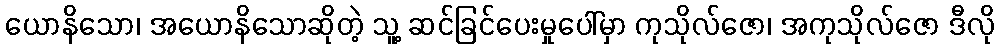
ယောနိသော၊ အယောနိသောဆိုတဲ့ သူ့ ဆင်ခြင်ပေးမှုပေါ်မှာ ကုသိုလ်ဇော၊ အကုသိုလ်ဇော ဒီလို